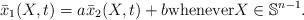
LaTeX: \begin{align*} \bar x_1 ( X, t ) = a \bar x_2 ( X, t ) + b \mbox{whenever} X \in \mathbb{S}^{n-1}. \end{align*}